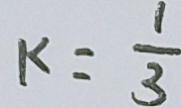
k = \frac { 1 } { 3 }